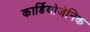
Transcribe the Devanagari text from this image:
कार्डियोजेनिक